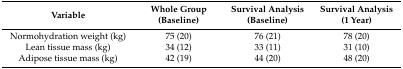
| Variable | Whole Group (Baseline) | Survival Analysis (Baseline) | Survival Analysis (1 Year) |
 | --- | --- | --- | --- |
 | Normohydration weight (kg) | 75 (20) | 76 (21) | 78 (20) |
 | Lean tissue mass (kg) | 34 (12) | 33 (11) | 31 (10) |
 | Adipose tissue mass (kg) | 42 (19) | 44 (20) | 48 (20) |